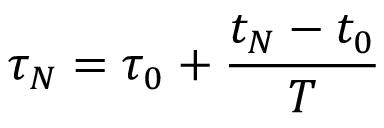
\tau _ { N } = \tau _ { 0 } + \frac { t _ { N } - t _ { 0 } } { T }